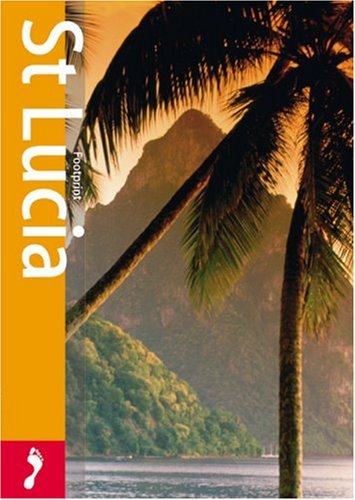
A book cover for Footprint St. Lucia (Footprint St. Lucia Pocket Guide); Sarah Cameron; Travel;